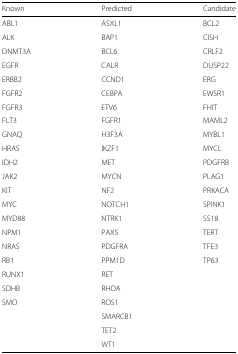
| Known | Predicted | Candidate |
 | --- | --- | --- |
 | ABL1 | ASXL1 | BCL2 |
 | ALK | BAP1 | CISH |
 | DNMT3A | BCL6 | CRLF2 |
 | EGFR | CALR | DUSP22 |
 | ERBB2 | CCND1 | ERG |
 | FGFR2 | CEBPA | EWSR1 |
 | FGFR3 | ETV6 | FHIT |
 | FLT3 | FGFR1 | MAML2 |
 | GNAQ | H3F3A | MYBL1 |
 | HRAS | IKZF1 | MYCL |
 | IDH2 | MET | PDGFRB |
 | JAK2 | MYCN | PLAG1 |
 | KIT | NF2 | PRKACA |
 | MYC | NOTCH1 | SPINK1 |
 | MYD88 | NTRK1 | SS18 |
 | NPM1 | PAX5 | TERT |
 | NRAS | PDGFRA | TFE3 |
 | RB1 | PPM1D | TP63 |
 | RUNX1 | RET |  |
 | SDHB | RHOA |  |
 | SMO | ROS1 |  |
 |  | SMARCB1 |  |
 |  | TET2 |  |
 |  | WT1 |  |